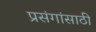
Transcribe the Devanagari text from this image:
प्रसंगांसाठी